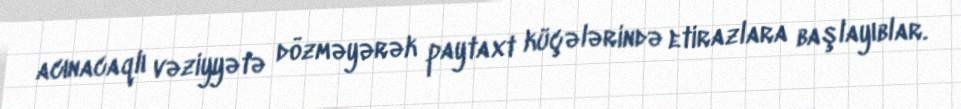
acınacaqlı vəziyyətə dözməyərək paytaxt küçələrində etirazlara başlayıblar.